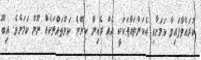
ކުރައްވާފައިވާ ކަމަށާއި އެކަންތައްތަކަކީ އެއް ރެއިން ކިޔޭނެ ކަންތައްތަކެއް ނޫން ކަމަށެވެ. އިބޫ